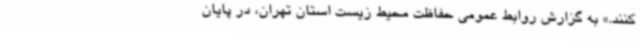
کنند.» به گزارش روابط عمومی حفاظت محیط زیست استان تهران، در پایان